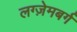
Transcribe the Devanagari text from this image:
लग्ज़ेमबर्ग